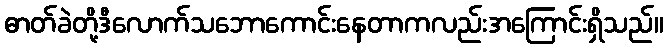
ဓာတ်ခဲတို့ဒီလောက်သဘောကောင်းနေတာကလည်းအကြောင်းရှိသည်။